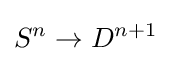
S^{n}\to D^{n+1}